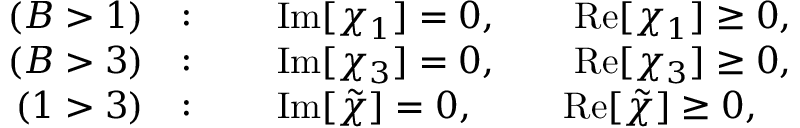
\begin{array} { r l } { ( B > 1 ) } & { : \qquad \mathrm { I m } [ \chi _ { 1 } ] = 0 , \qquad \mathrm { R e } [ \chi _ { 1 } ] \geq 0 , } \\ { ( B > 3 ) } & { : \qquad \mathrm { I m } [ \chi _ { 3 } ] = 0 , \qquad \mathrm { R e } [ \chi _ { 3 } ] \geq 0 , } \\ { ( 1 > 3 ) } & { : \qquad \mathrm { I m } [ \tilde { \chi } ] = 0 , \qquad ~ \mathrm { R e } [ \tilde { \chi } ] \geq 0 , } \end{array}